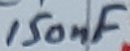
Text: 150nF